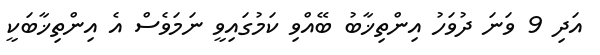
އަދި 9 ވަނަ ދުވަހު އިންތިޚާބު ބޭއްވި ކަމުގައިވީ ނަމަވެސް އެ އިންތިޚާބަކީ